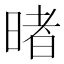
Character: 暏